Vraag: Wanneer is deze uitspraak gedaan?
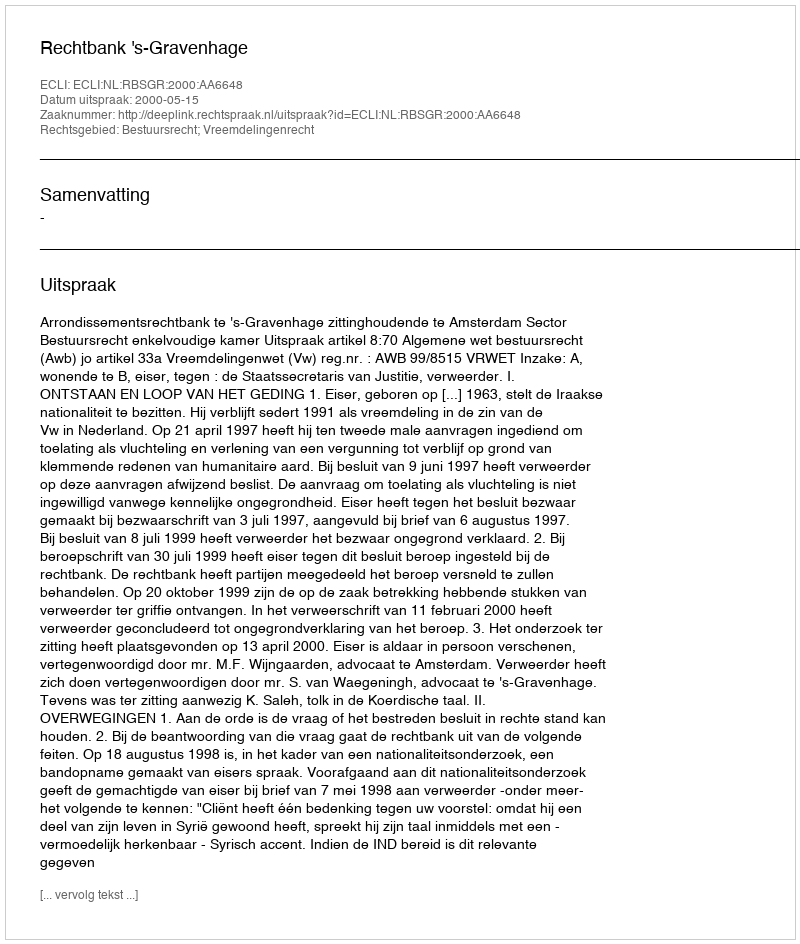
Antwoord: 2000-05-15